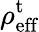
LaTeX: \rho_{\textrm{eff}}^{\textrm{t}}